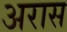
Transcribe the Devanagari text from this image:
अरास